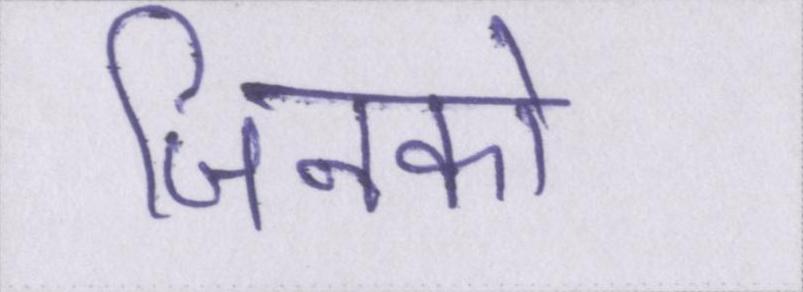
जिनको